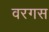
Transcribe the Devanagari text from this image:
वरगस